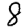
Digit: 8